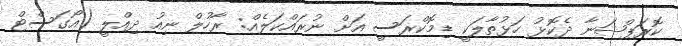
ކޮރަޕްޝަނާ ދެކޮޅު ހަޅުތާލަކީ ޑިމޮކްރަސީ އަށް ނުރައްކަލެއް: ރާހުލް ނިއު ދިއްލީ (އޯގަސްޓް